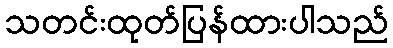
သတင်းထုတ်ပြန်ထားပါသည်